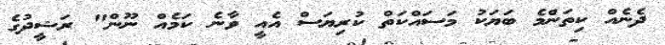
ދެނެއް ކިތަންމެ ބަޔަކު މަސައްކަތް ކުރިޔަސް އެއީ ވާނެ ކަމެއް ނޫން" ރަޝީދުގެ